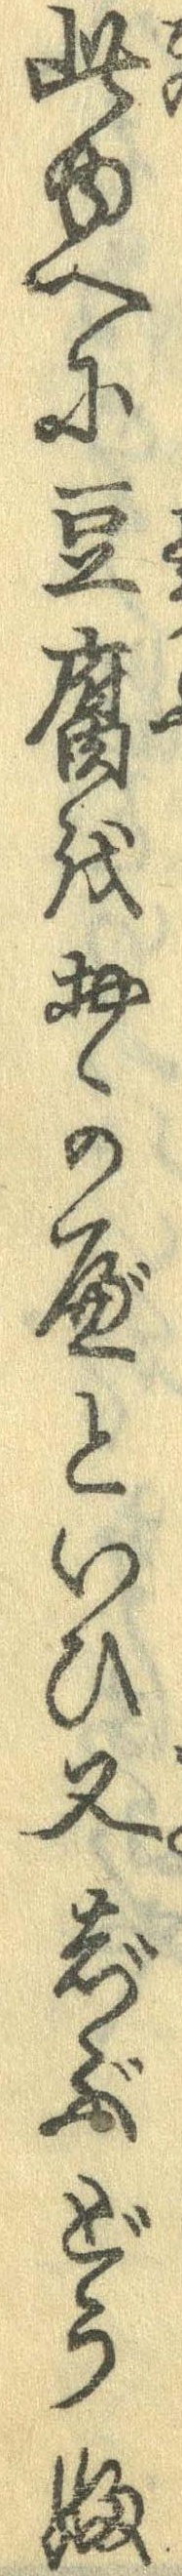
此ゆへに豆腐をおかべといひ又ぢぶどうふ